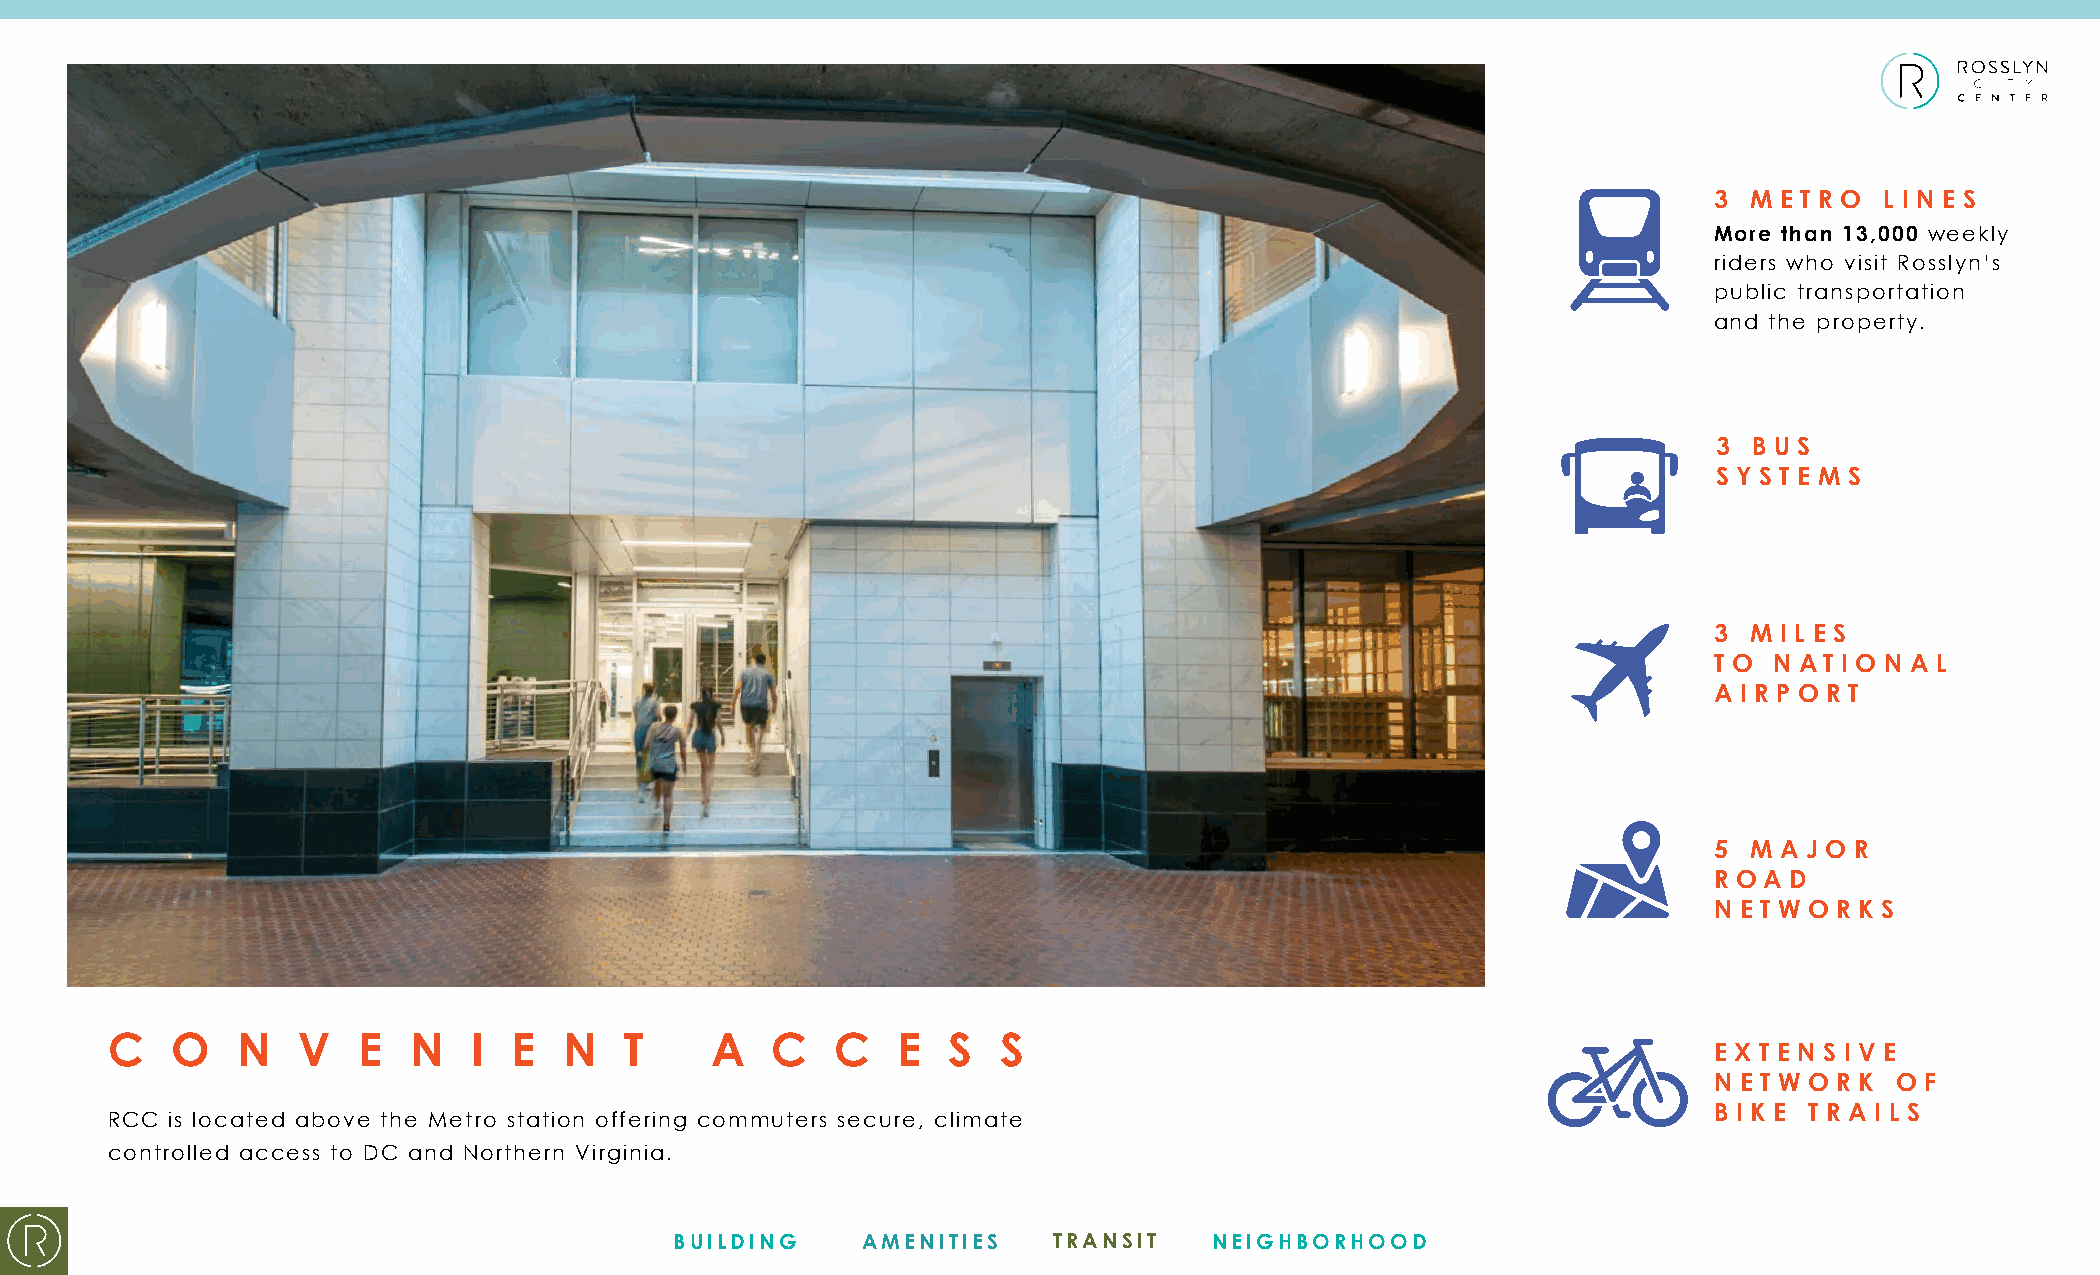
3  M E T R O L I N E S
 More than 13,000 weekly
 riders who visit Rosslyn’s
 public transportation
 and the property.
 3 B U S
 S Y S T E M S
 3  M I L E S
 T O N AT I O N A L
 A I R P O R T
 5  M A J O R
 R O A D
 N E T W O R K S
 C   O    N   V   E  N   I  E  N   T     A   C   C   E   S  S
 E X T E N S I V E
 N E T W O R K O F
 B I K E T R A I L S
 RCC is located above the Metro station offering commuters secure, climate
 controlled access to DC and Northern Virginia.
 BUILDING    AMENITIES    TRANSIT   NEIGHBORHOOD